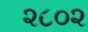
૨૮૦૨